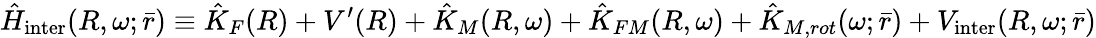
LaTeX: \hat{H}_{\mathrm{inter}}(R,\omega;\bar{r})\equiv\hat{K}_{F}(R)+V^{\prime}(R)+\hat{K}_{M}(R,\omega)+\hat{K}_{FM}(R,\omega)+\hat{K}_{M,rot}(\omega;\bar{r})+V_{\mathrm{inter}}(R,\omega;\bar{r})